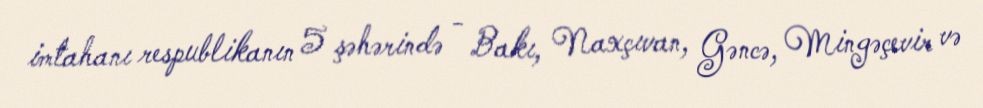
imtahanı respublikanın 5 şəhərində - Bakı, Naxçıvan, Gəncə, Mingəçevir və